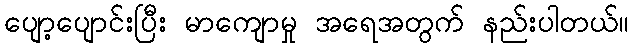
ပျော့ပျောင်းပြီး မာကျောမှု အရေအတွက် နည်းပါတယ်။